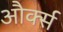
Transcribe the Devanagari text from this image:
और्क्स